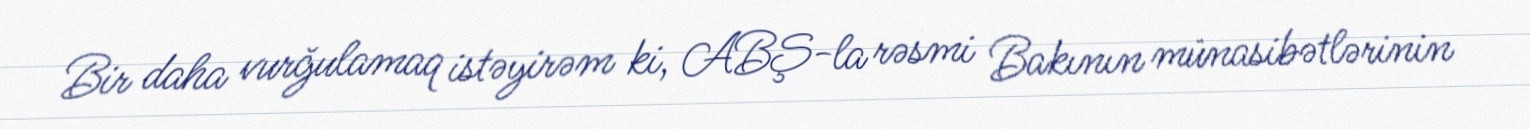
Bir daha vurğulamaq istəyirəm ki, ABŞ-la rəsmi Bakının münasibətlərinin